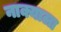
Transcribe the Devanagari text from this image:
नाक्याला